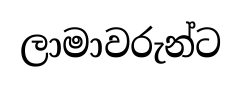
ලාමාවරුන්ට